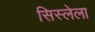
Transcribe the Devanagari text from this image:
सिस्लेला